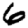
Digit: 6